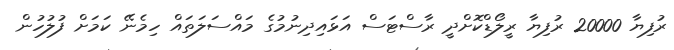
ރުފިޔާ 20000 ރުފިޔާ ރީލޯޑްކޮށްދީ ރާސްޓަސް އަޅައިދިނުމުގެ މައްސަލަތައް ހިމެނޭ ކަމަށް ފުލުހުން